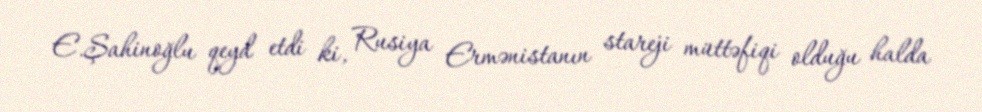
E.Şahinoğlu qeyd etdi ki, Rusiya Ermənistanın stareji müttəfiqi olduğu halda